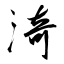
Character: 渏